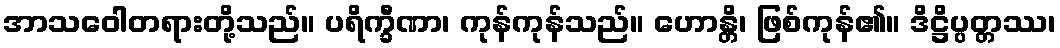
အာသဝေါတရားတို့သည်။ ပရိက္ခီဏာ၊ ကုန်ကုန်သည်။ ဟောန္တိ၊ ဖြစ်ကုန်၏။ ဒိဋ္ဌိပ္ပတ္တဿ၊